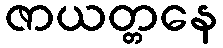
ဇာယတ္တနေ